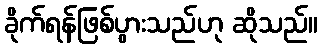
ခိုက်ရန်ဖြစ်ပွားသည်ဟု ဆိုသည်။